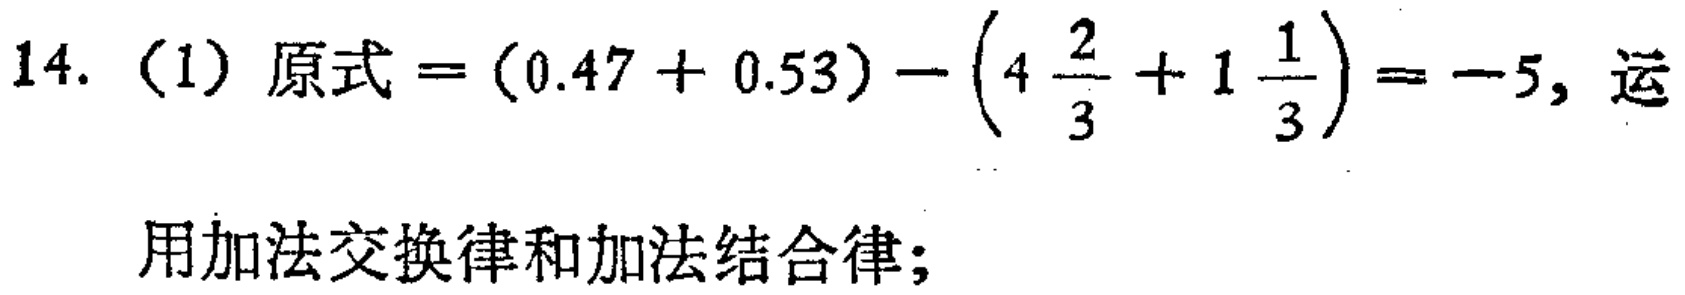
14.（1）原式\(=(0.47 + 0.53)-\left(4\frac{2}{3}+1\frac{1}{3}\right)= -5\)，运用加法交换律和加法结合律；